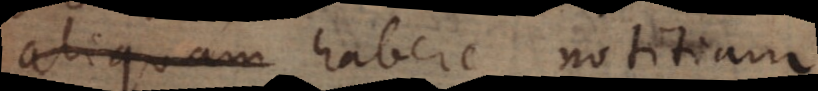
aliquam habere notitiam